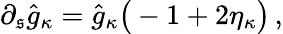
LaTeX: \partial_{\mathfrak{s}}\hat{{g}}_{\kappa}=\hat{{g}}_{\kappa}\big(-1+2\eta_{\kappa}\big)\, ,